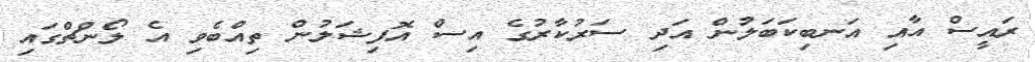
ރައީސް އާއި އަނބިކަބަލުން އަދި ސަރުކާރުގެ އިސް އޮފިޝަލުން ތިއްބެވި އެ ލޯންޗްގައި